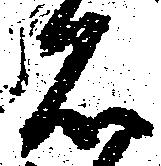
石